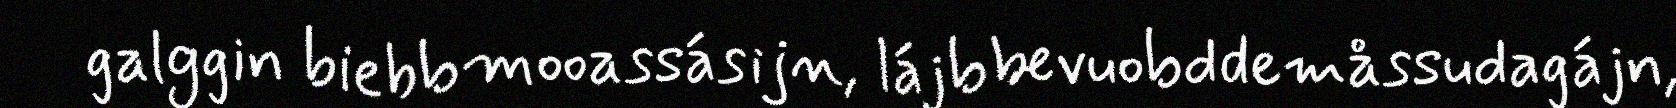
galggin biebbmooassásijn, lájbbevuobddemåssudagájn,